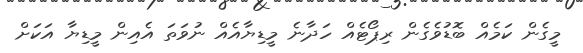
މީގެން ކަމެއް ބޮޑުވެގެން ރިޕޯޓެއް ހަދާނެ މީޑިޔާއެއް ނުވަތަ އެއިން މީޑިޔާ އަކަށް